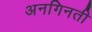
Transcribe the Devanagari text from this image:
अनगिनती